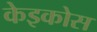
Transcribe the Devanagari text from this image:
केइकोस